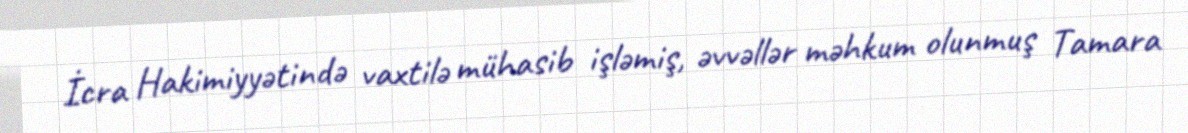
İcra Hakimiyyətində vaxtilə mühasib işləmiş, əvvəllər məhkum olunmuş Tamara